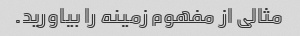
مثالی از مفهوم زمینه را بیاورید.